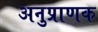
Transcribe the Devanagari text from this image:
अनुप्राणक